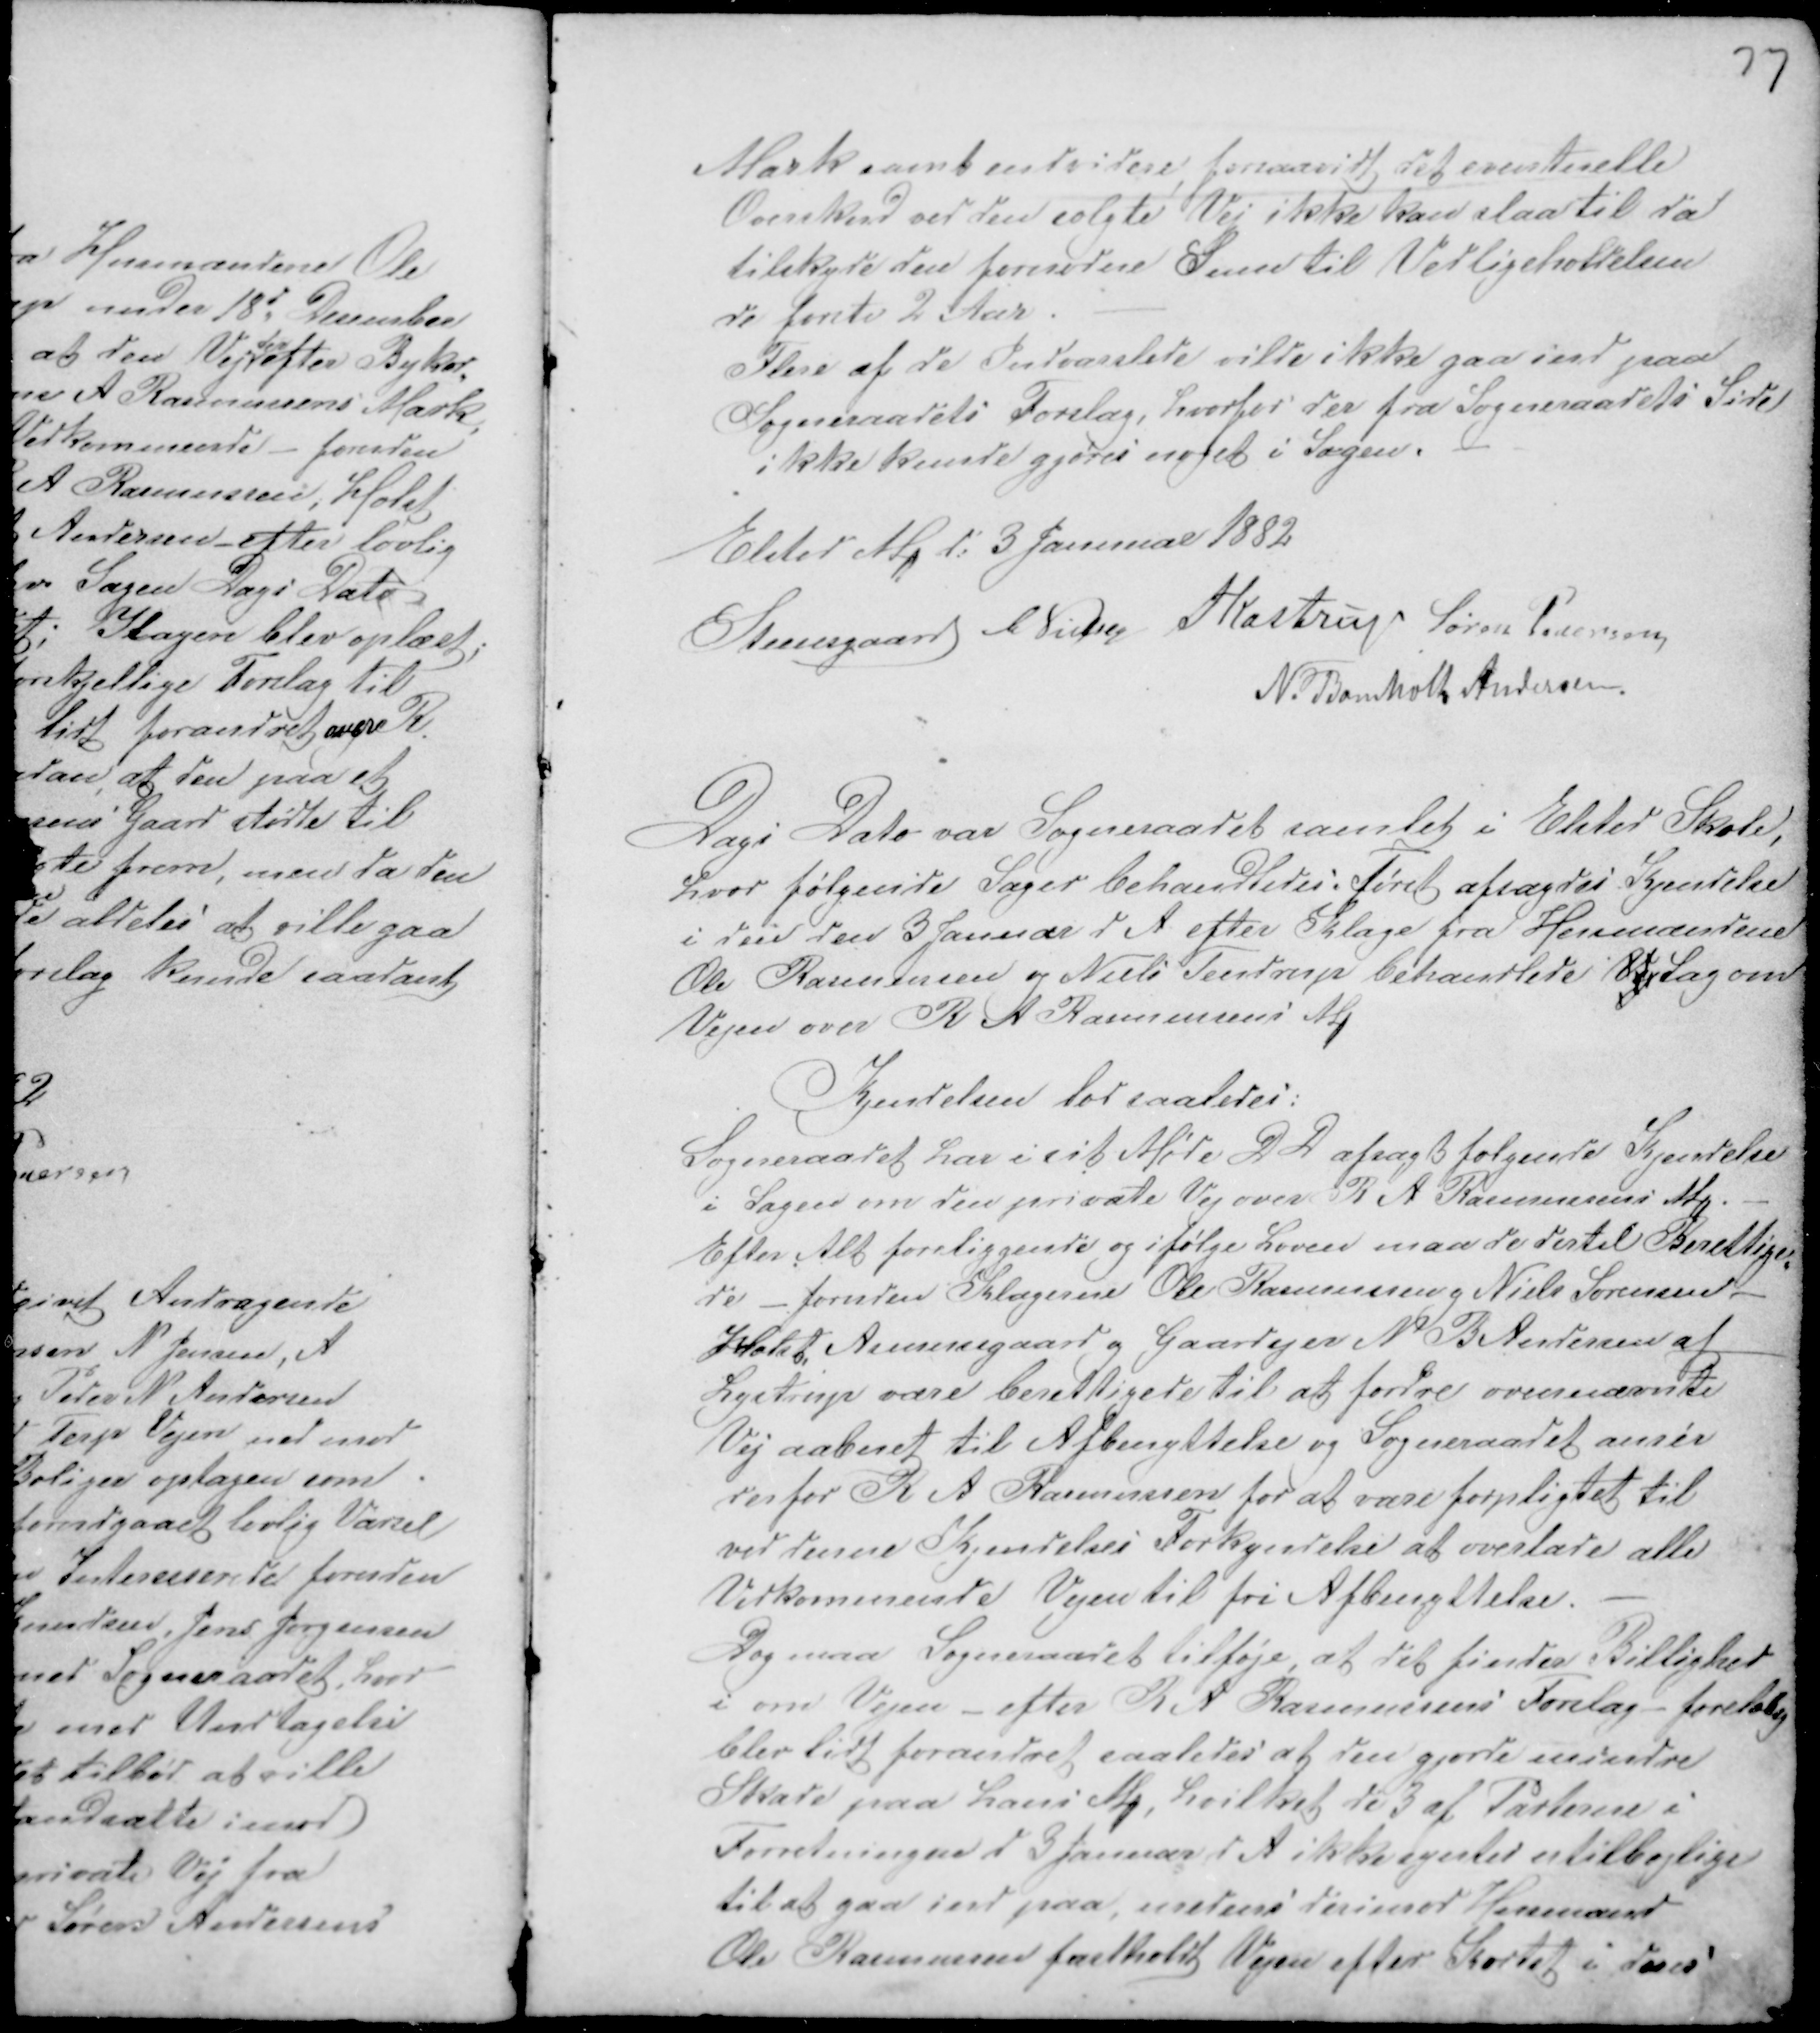
Transskription:
Mark samt endvidere; forsaavidt, det eventuelle
Overskud ved den solgte Vej ikke kan slaa til da
tilskyde den fornødne Sum til Vedligeholdelsen
de første 2 Aar. -
Flere af de Indvarslede ville ikke gaa ind paa
Sogneraadets Forslag, hvorfor der fra Sogneraadets Side
ikke kunde gjøres noget i Sagen. -
Elsted M d: 3 Januar 1882
Steensgaard C Nielsen PKastrup Søren Pedersen
N. Bomholt Andersen.

Dags Dato var Sogneraadet samlet i Elsted Skole,
hvor følgende Sager behandledes: Først afsagdes Kjendelse
i den den 3 Januar d A efter Klage fra Husmændene
Ole Rasmussen og Niels Tendrup behandlede Vej Sag om
Vejen over R A Rasmussens M
Kjendelsen lød saaledes:
Sogneraadet har i sit Møde D D afsagt følgende Kjendelse
i Sagen om den private Vej over R A Rasmussens M. -
Efter alt foreliggende og ifølge Loven maa de dertil Berettige-
de - foruden Klagerne Ole Rasmussen g Niels Sørensen
Holst Asmusgaard og Gaardejer N B Andersen af
Lystrup være berettigede til at fordre ovennævnte
Vej aabnet til Afbenyttelse og Sogneraadet anser
derfor R A Rasmussen for at være forpligtet til
ved denne Kjendelses Forkyndelse at overlade alle
Vedkommende Vejen til fri Afbenyttelse. -
Dog maa Sogneraadet tilføje at det finder Billighed
i om Vejen efter R A Rasmussens Forslag - foreløbig
blev lidt forandret saaledes at den gjorde mindre
Skade paa hans M, hvilket de 3 af Parterne i
Forretningen d 3 Januar d A ikke syntes utilbøjlige
til at gaa ind paa, medens derimod Husmand
Ole Rasmussen fastholdt Vejen efter Kortet i dens